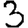
Digit: 3